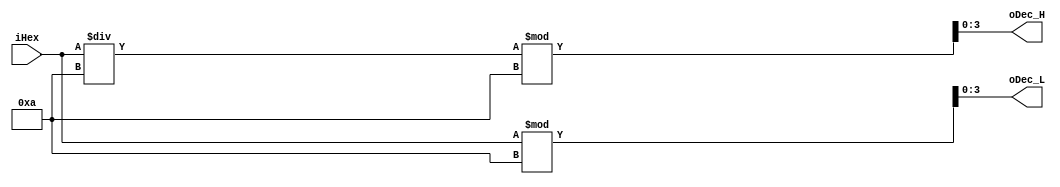
`timescale 1ns / 1ps
//////////////////////////////////////////////////////////////////////////////////
// Company: 
// Engineer: 
// 
// Design Name: 
// Module Name: Hex2Dec
// Project Name: 
// Target Devices: 
// Tool Versions: 
// Description: 
// 
// Dependencies: 
// 
// Revision:
// Revision 0.01 - File Created
// Additional Comments:
// 
//////////////////////////////////////////////////////////////////////////////////


module Hex2Dec(
input [31:0] iHex,

output [3:0] oDec_H,
output [3:0] oDec_L
    );

reg [3:0] rDec_H;
reg [3:0] rDec_L;

always@(*) begin
    rDec_H <= (iHex / 10) % 10;
    rDec_L <= iHex % 10;
end

assign oDec_H = rDec_H;
assign oDec_L = rDec_L;

endmodule